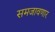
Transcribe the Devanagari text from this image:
समजावणार